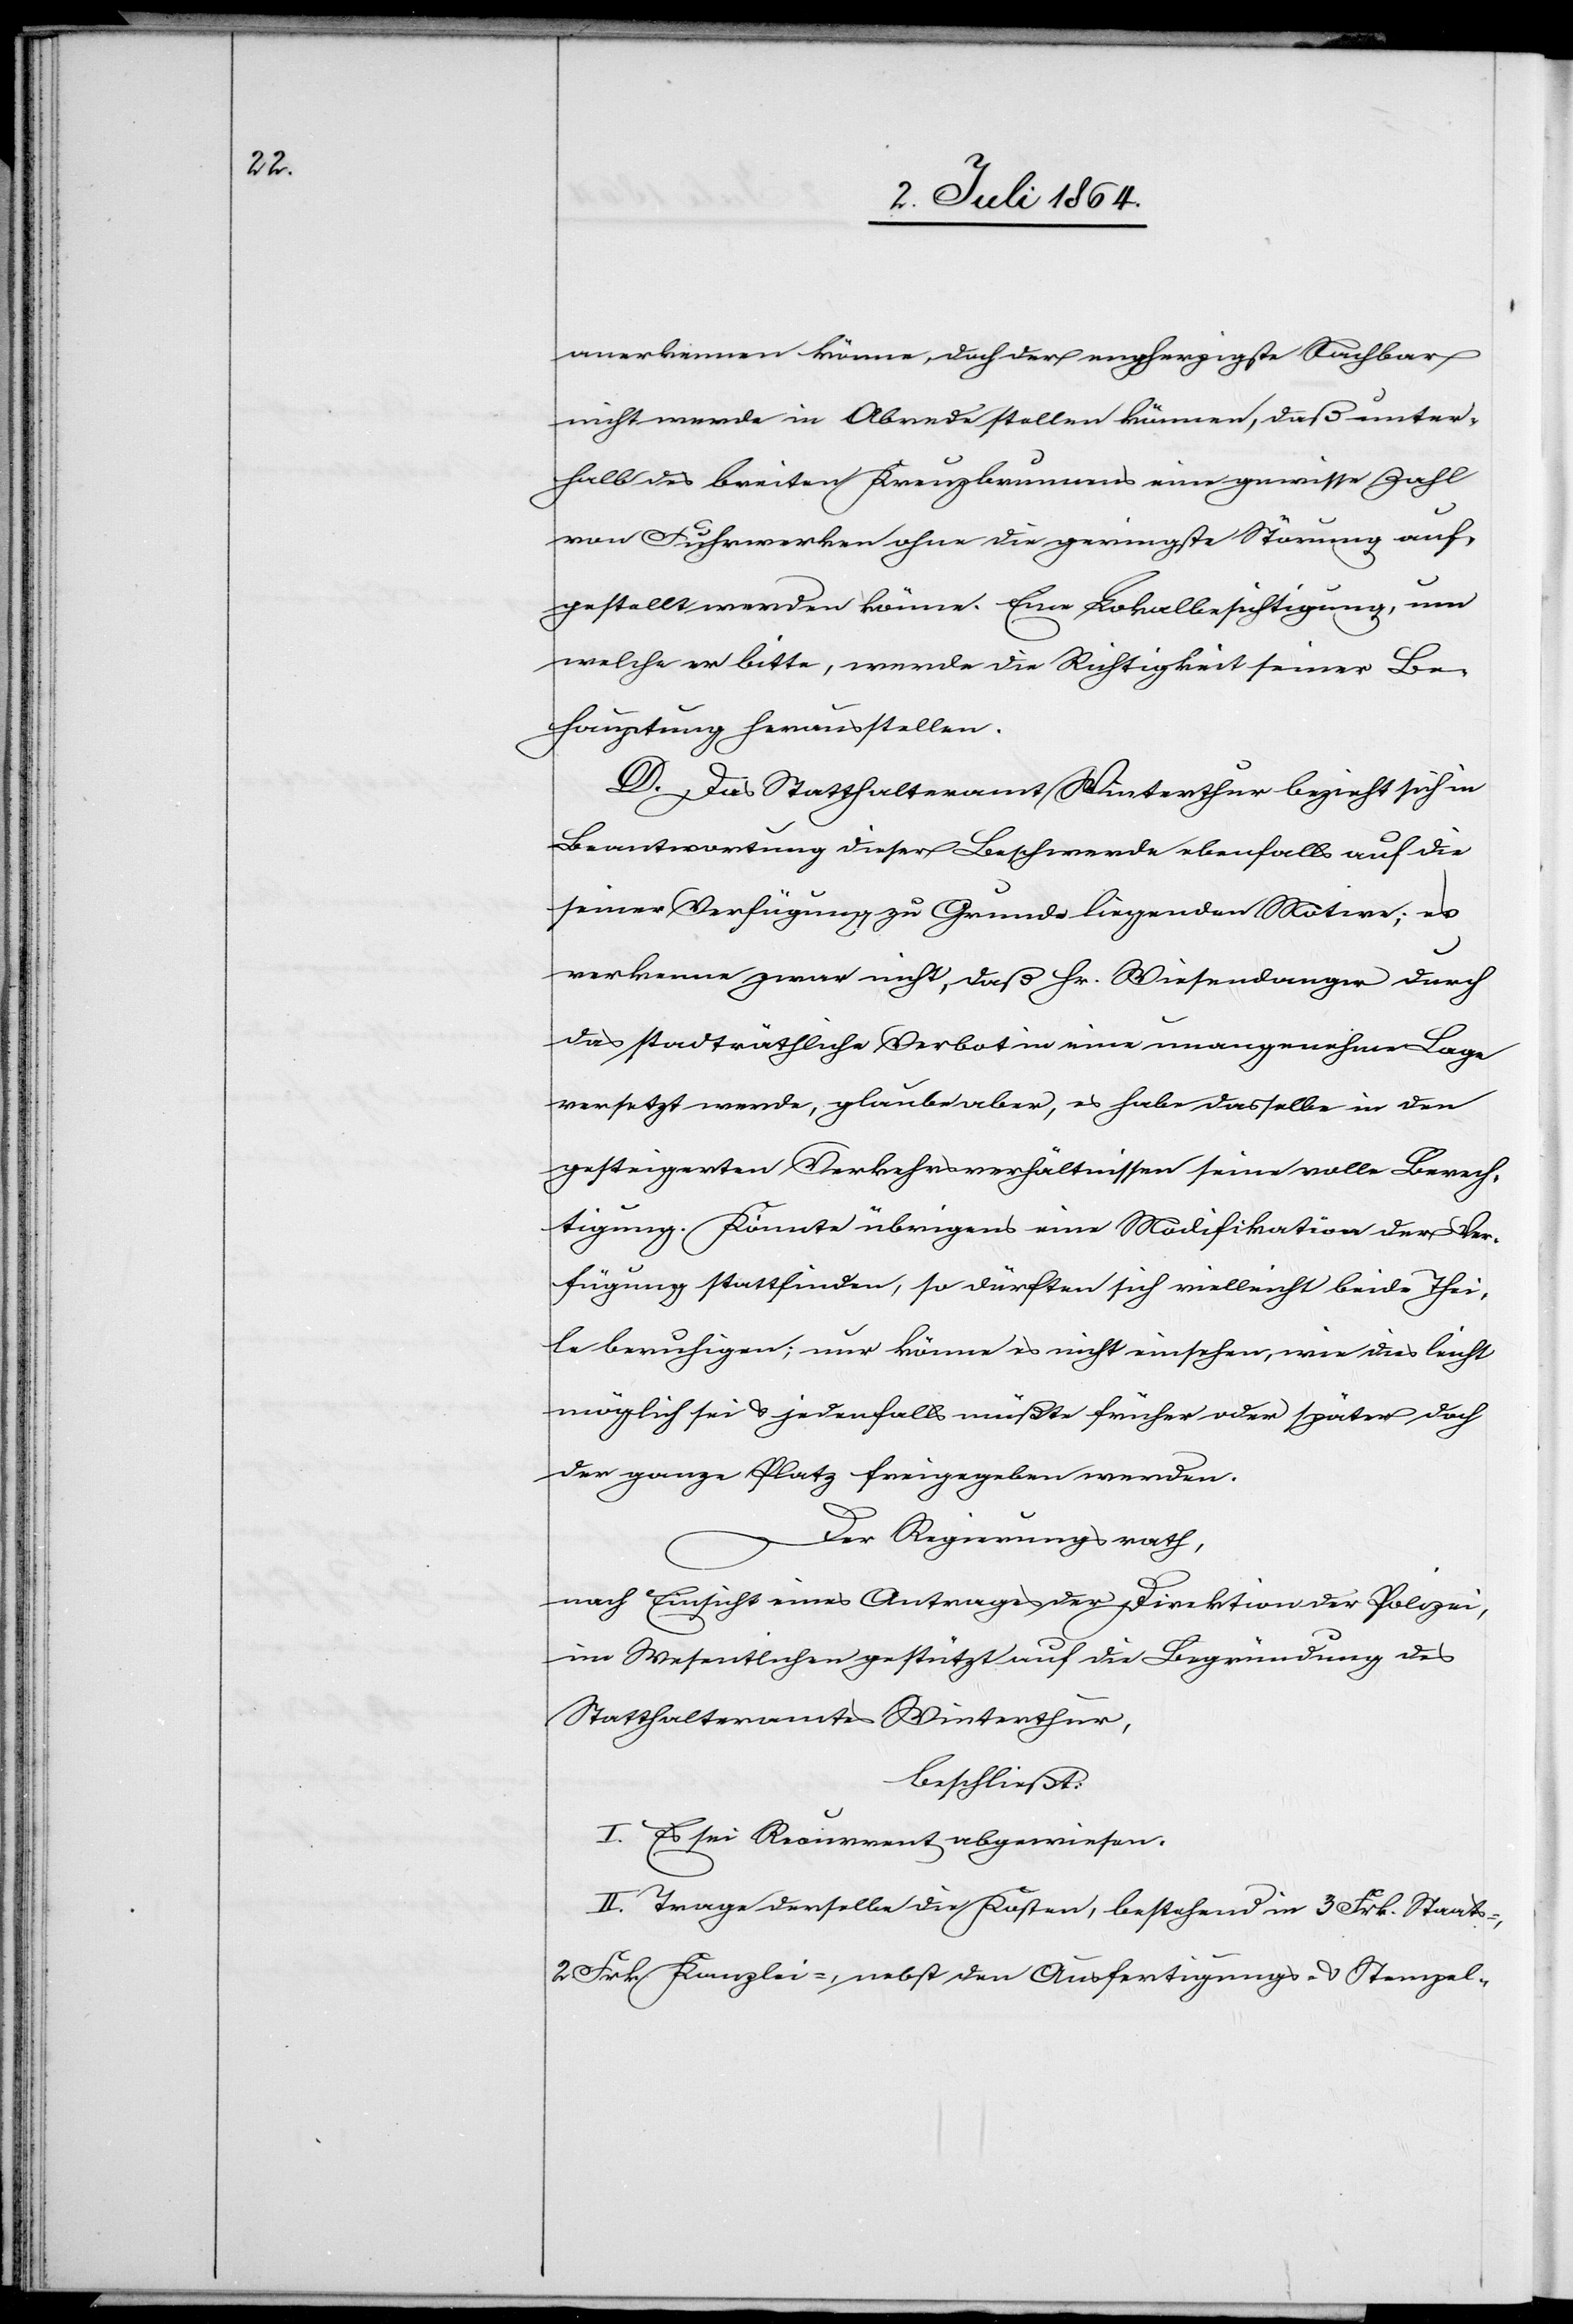
anerkennen könnte, doch der engherzigste Nachbar
nicht werde in Abrede stellen können, daß unter¬
halb des breiten Kreuzbrunnens eine gewisse Zahl
von Fuhrwerken ohne die geringste Störung auf¬
gestellt werden könne. Eine Lokalbesichtigung, um
welche er bitte, werde die Richtigkeit seiner Be¬
hauptung herausstellen.
D. Das Statthalteramt Winterthur bezieht sich in
Beantwortung dieser Beschwerde ebenfalls auf die
seiner Verfügung zu Grunde liegenden Motive; es
erkenne zwar nicht, daß Hr. Wiesendanger durch
das stadträthliche Verbot in eine unangenehme Lage
versetzt werde, glaube aber, es habe dasselbe in den
gesteigerten Verkehrsverhältnissen seine volle Berech¬
tigung. Könnte übrigens eine Modifikation der Ver¬
fügung stattfinden, so dürften sich vielleicht beide Thei¬
le beruhigen; nur könne es nicht einsehen, wie dies leicht
möglich sei u. jedenfalls müßte früher oder später doch
der ganze Platz freigegeben werden.
Der Regierungsrath,
nach Einsicht eines Antrages der Direktion der Polizei,
im Wesentlichen gestützt auf die Begründung des
Statthalteramtes Winterthur,
beschließt:
I. Es sei Recurrent abgewiesen.
II. Trage derselbe die Kosten, bestehend in 3 Frk. Staats-,
2 Frk. Kanzlei-, nebst den Ausfertigungs- u. Stempel-